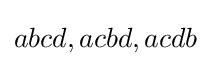
abcd,acbd,acdb